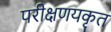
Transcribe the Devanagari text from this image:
परीक्षणयकृत